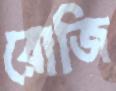
রোজি